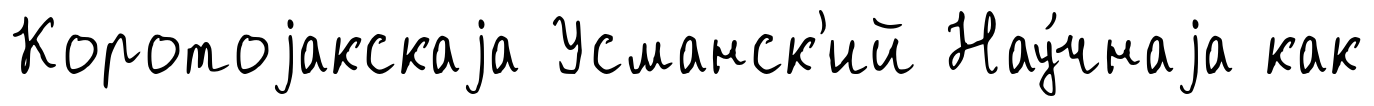
Коротоjакскаjа Усманск'ий Нау́чнаjа как